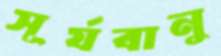
সূর্যবানু